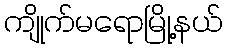
ကျိုက်မရောမြို့နယ်